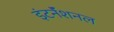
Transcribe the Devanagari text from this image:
इंटर्नॅशनल